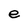
Character: e